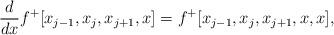
LaTeX: \begin{align*}\frac{d}{dx}f^+[x_{j-1}, x_{j}, x_{j+1},x]=f^+[x_{j-1}, x_{j}, x_{j+1},x,x],\end{align*}